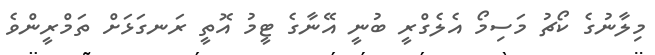
މިލާނުގެ ކޯޗު މަސިމޯ އެލެގްރީ ބުނީ އޭނާގެ ޓީމު އޮތީ ރަނގަޅަށް ތަމްރީންވެ